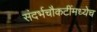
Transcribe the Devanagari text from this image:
संदर्भचौकटींमध्येच